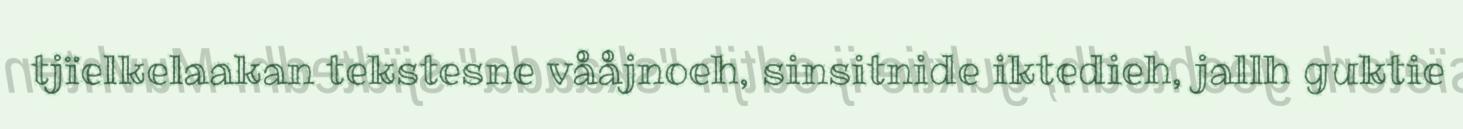
tjïelkelaakan tekstesne vååjnoeh, sinsitnide iktedieh, jallh guktie